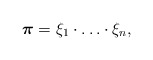
\begin{align*} \boldsymbol{\pi}=\xi_1\cdot\ldots\cdot\xi_n,\end{align*}